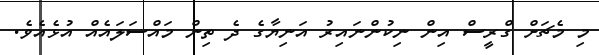
މި މެޗަށް ގްރީސް އިން ނިކުންނައިރު އަނިޔާގެ ދެ ތިން މައްސަލައެއް އުޅެއެވެ.